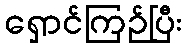
ရှောင်ကြဉ်ပြီး